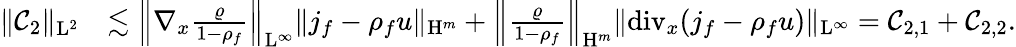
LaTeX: \begin{array}{rl}{\Vert\mathcal{C}_{2}\Vert_{\mathrm{L}^{2}}}&{\lesssim\left\Vert\nabla_{x}\frac{\varrho}{1-\rho_{f}}\right\Vert_{\mathrm{L}^{\infty}}\Vert j_{f}-\rho_{f}u\Vert_{\mathrm{H}^{m}}+\left\Vert\frac{\varrho}{1-\rho_{f}}\right\Vert_{\mathrm{H}^{m}}\Vert\mathrm{div}_{x}(j_{f}-\rho_{f}u)\Vert_{\mathrm{L}^{\infty}}=\mathcal{C}_{2,1}+\mathcal{C}_{2,2}.}\end{array}